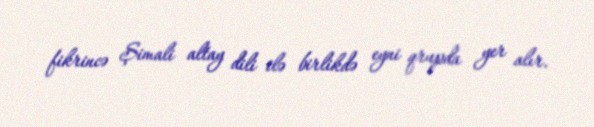
fikrincə Şimali altay dili ilə birlikdə eyni qrupda yer alır.